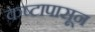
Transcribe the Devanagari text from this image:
कष्टापासून